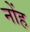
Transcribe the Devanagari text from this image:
नोंह